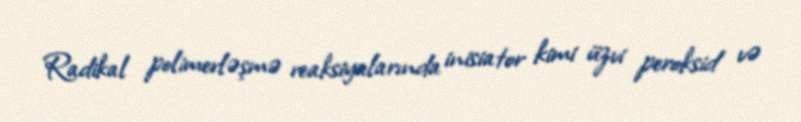
Radikal polimerləşmə reaksiyalarında inisiator kimi üzvi peroksid və